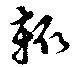
輙